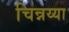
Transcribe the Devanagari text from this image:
चिन्नय्या